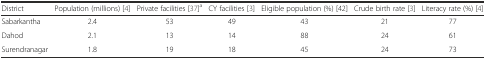
<table><thead><tr><td><b>District</b></td><td><b>Population (millions) [4]</b></td><td><b>Private facilities [37]<sup>a</sup></b></td><td><b>CY facilities [3]</b></td><td><b>Eligible population (%) [42]</b></td><td><b>Crude birth rate [3]</b></td><td><b>Literacy rate (%) [4]</b></td></tr></thead><tbody><tr><td>Sabarkantha</td><td>2.4</td><td>53</td><td>49</td><td>43</td><td>21</td><td>77</td></tr><tr><td>Dahod</td><td>2.1</td><td>13</td><td>14</td><td>88</td><td>24</td><td>61</td></tr><tr><td>Surendranagar</td><td>1.8</td><td>19</td><td>18</td><td>45</td><td>24</td><td>73</td></tr></tbody></table>